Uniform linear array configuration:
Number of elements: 24
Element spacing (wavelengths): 0.5
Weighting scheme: cosine
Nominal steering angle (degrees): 45
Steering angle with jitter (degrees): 46.154
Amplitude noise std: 0.05
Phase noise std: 0.05

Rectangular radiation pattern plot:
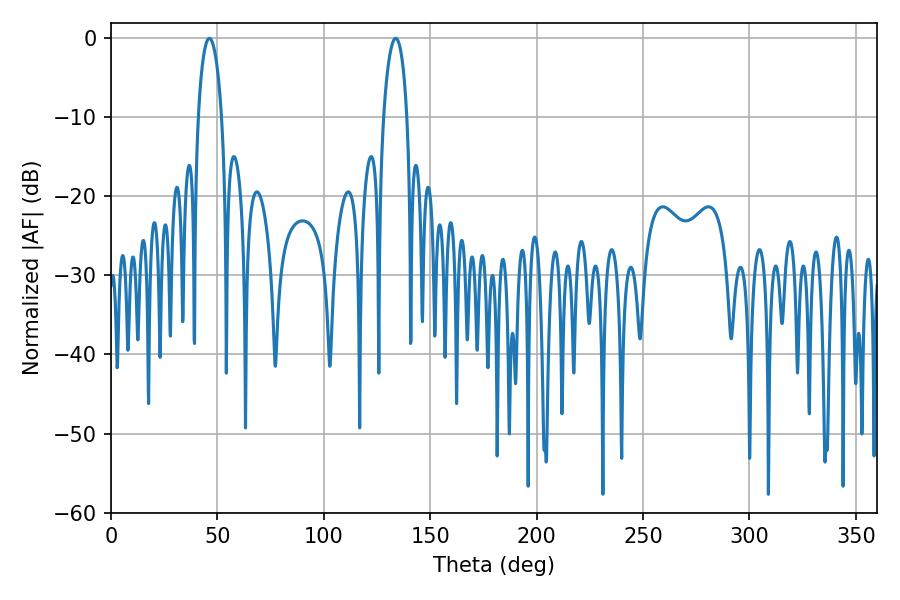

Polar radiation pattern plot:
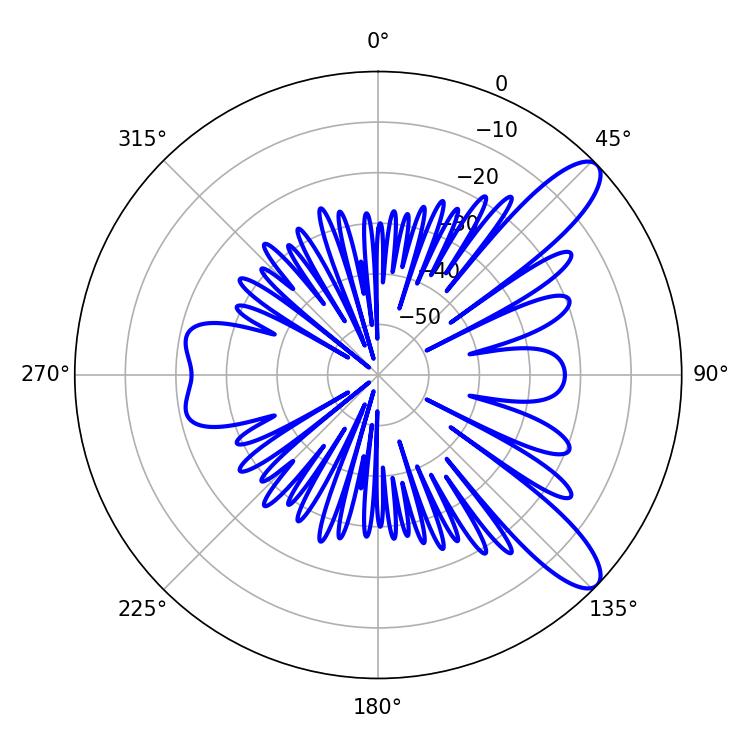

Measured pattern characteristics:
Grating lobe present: FALSE
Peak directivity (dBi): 10.645
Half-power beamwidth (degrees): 6.3
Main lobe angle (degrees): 46.26